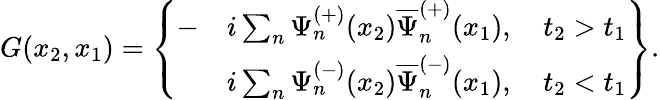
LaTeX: G(x_{2},x_{1})=\left\{ \begin{array}{ll}{{-}}&{{i\sum_{n}^{}\Psi_{n}^{(+)}(x_{2})\overline{{{\Psi}}}_{n}^{(+)}(x_{1}),\quad t_{2}>t_{1}}}\\ {{}}&{{i\sum_{n}^{}\Psi_{n}^{(-)}(x_{2})\overline{{{\Psi}}}_{n}^{(-)}(x_{1}),\quad t_{2}<t_{1}}}\end{array}\right\} .